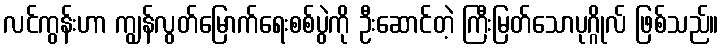
လင်ကွန်းဟာ ကျွန်လွတ်မြောက်ရေးစစ်ပွဲကို ဦးဆောင်တဲ့ ကြီးမြတ်သောပုဂ္ဂိုလ် ဖြစ်သည်။